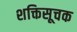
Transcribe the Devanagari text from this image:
शक्तिसूचक